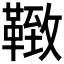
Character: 𩋩